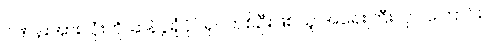
ဂဏန်းအားလုံးကို ဆန်ပွဲရုံပိုင်ရှင်တစ်ဦးဖြစ်သူ အရေးကြီးလှပါကြောင်း